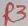
Text: R3